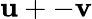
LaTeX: \mathbf{u}+-\mathbf{v}